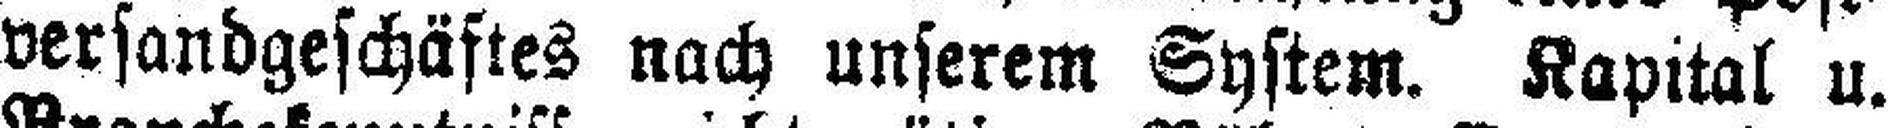
versandgeschäftes nach unserem System. Kapital u.